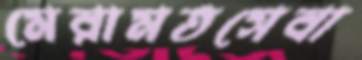
মেরামতসেবা